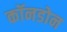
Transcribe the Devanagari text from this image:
कॉनडोन